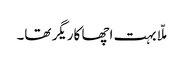
ملّا بہت اچھا کاریگر تھا۔